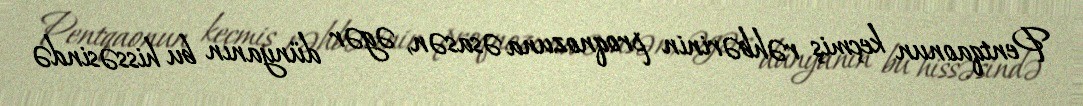
Pentqaonun keçmiş rəhbərinin proqnozuna əsasən, əgər dünyanın bu hissəsində